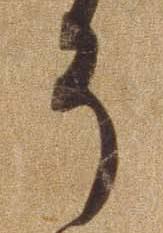
そ